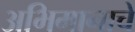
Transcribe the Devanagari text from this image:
अभिमानाचे